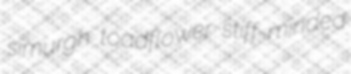
simurgh toadflower stiff-minded